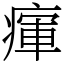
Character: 瘒